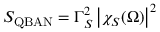
S _ { \mathrm { Q B A N } } = \Gamma _ { S } ^ { 2 } \left| \chi _ { S } ( \Omega ) \right| ^ { 2 }